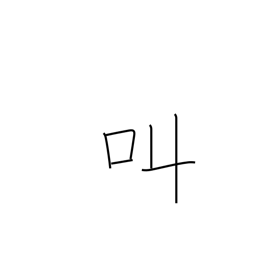
Meaning: shout